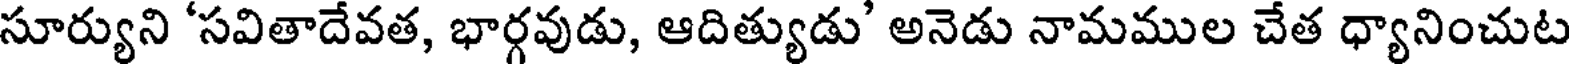
సూర్యుని 'సవితాదేవత, భార్గవుడు, ఆదిత్యుడు' అనెడు నామముల చేత ధ్యానించుట